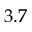
3 . 7